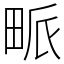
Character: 𤱰